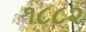
૧૮૮૨